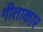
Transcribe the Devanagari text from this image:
गीताकार